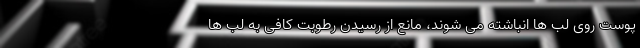
پوست روی لب ها انباشته می شوند، مانع از رسیدن رطوبت کافی به لب ها